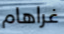
غراهام